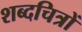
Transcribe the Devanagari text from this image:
शब्दचित्रों